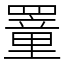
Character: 罿